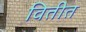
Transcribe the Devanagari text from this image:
वितीत